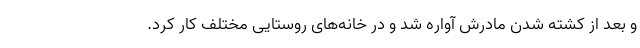
و بعد از کشته شدن مادرش آواره شد و در خانه‌های روستایی مختلف کار کرد.